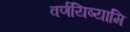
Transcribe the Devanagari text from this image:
वर्णयिष्यामि